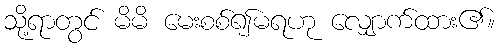
သို့ရာတွင် မိမိ မေးစစ်၍မရဟု လျှောက်ထား၏။